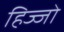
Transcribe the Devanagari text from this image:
हिज्जो